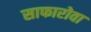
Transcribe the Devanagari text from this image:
साफारोवा